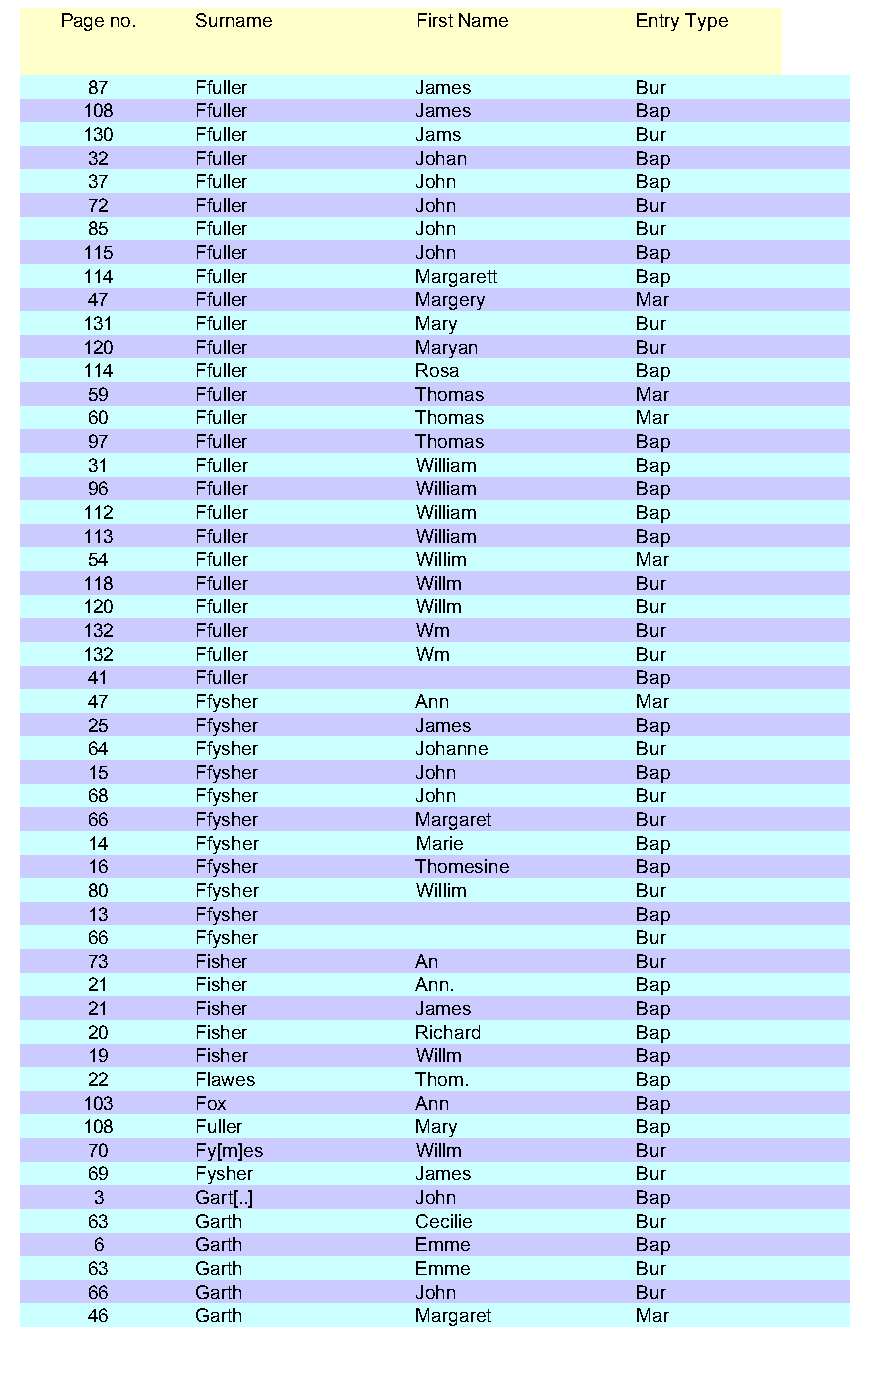
Page no. Surname        First Name    Entry Type
 87     Ffuller        James         Bur
 108    Ffuller        James         Bap
 130    Ffuller        Jams          Bur
 32     Ffuller        Johan         Bap
 37     Ffuller        John          Bap
 72     Ffuller        John          Bur
 85     Ffuller        John          Bur
 115    Ffuller        John          Bap
 114    Ffuller        Margarett     Bap
 47     Ffuller        Margery       Mar
 131    Ffuller        Mary          Bur
 120    Ffuller        Maryan        Bur
 114    Ffuller        Rosa          Bap
 59     Ffuller        Thomas        Mar
 60     Ffuller        Thomas        Mar
 97     Ffuller        Thomas        Bap
 31     Ffuller        William       Bap
 96     Ffuller        William       Bap
 112    Ffuller        William       Bap
 113    Ffuller        William       Bap
 54     Ffuller        Willim        Mar
 118    Ffuller        Willm         Bur
 120    Ffuller        Willm         Bur
 132    Ffuller        Wm            Bur
 132    Ffuller        Wm            Bur
 41     Ffuller                      Bap
 47     Ffysher        Ann           Mar
 25     Ffysher        James         Bap
 64     Ffysher        Johanne       Bur
 15     Ffysher        John          Bap
 68     Ffysher        John          Bur
 66     Ffysher        Margaret      Bur
 14     Ffysher        Marie         Bap
 16     Ffysher        Thomesine     Bap
 80     Ffysher        Willim        Bur
 13     Ffysher                      Bap
 66     Ffysher                      Bur
 73     Fisher         An            Bur
 21     Fisher         Ann.          Bap
 21     Fisher         James         Bap
 20     Fisher         Richard       Bap
 19     Fisher         Willm         Bap
 22     Flawes         Thom.         Bap
 103    Fox            Ann           Bap
 108    Fuller         Mary          Bap
 70     Fy[m]es        Willm         Bur
 69     Fysher         James         Bur
 3     Gart[..]       John          Bap
 63     Garth          Cecilie       Bur
 6     Garth          Emme          Bap
 63     Garth          Emme          Bur
 66     Garth          John          Bur
 46     Garth          Margaret      Mar